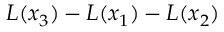
L ( x _ { 3 } ) - L ( x _ { 1 } ) - L ( x _ { 2 } )